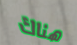
هناك